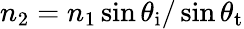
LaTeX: n_{2}=n_{1}\sin\theta_{\mathrm{i}}/\sin\theta_{\mathrm{t}}